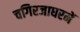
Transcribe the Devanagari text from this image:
चगिरजाघरमें